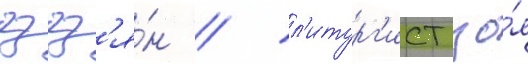
гзгз'я́н / л'итург'ист зо́я